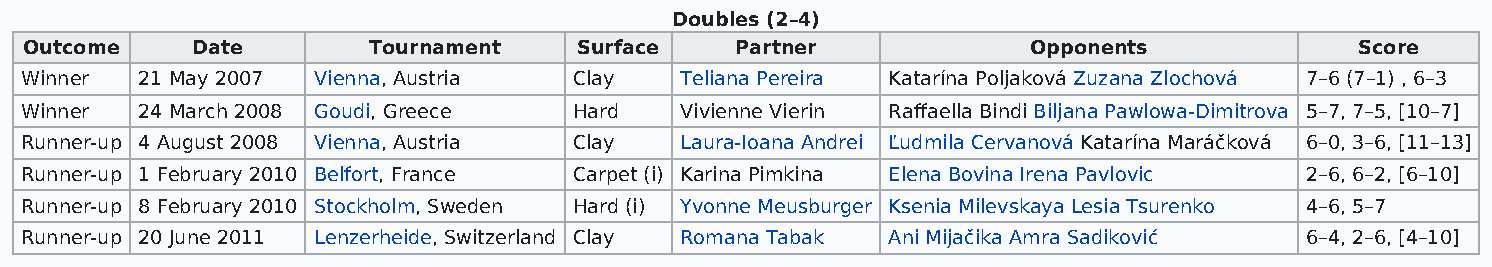
Doubles (2–4)
 Outcome    Date       Tournament    Surface    Partner            Opponents             Score
 Winner  21 May 2007 Vienna, Austria  Clay   Teliana Pereira Katarína Poljaková Zuzana Zlochová 7–6 (7–1) , 6–3
 Winner  24 March 2008 Goudi, Greece  Hard   Vivienne Vierin Raffaella Bindi Biljana Pawlowa-Dimitrova 5–7, 7–5, [10–7]
 Runner-up 4 August 2008 Vienna, Austria Clay Laura-Ioana Andrei Ľudmila Cervanová Katarína Maráčková 6–0, 3–6, [11–13]
 Runner-up 1 February 2010 Belfort, France Carpet (i) Karina Pimkina Elena Bovina Irena Pavlovic 2–6, 6–2, [6–10]
 Runner-up 8 February 2010 Stockholm, Sweden Hard (i) Yvonne Meusburger Ksenia Milevskaya Lesia Tsurenko 4–6, 5–7
 Runner-up 20 June 2011 Lenzerheide, Switzerland Clay Romana Tabak Ani Mijačika Amra Sadiković 6–4, 2–6, [4–10]